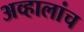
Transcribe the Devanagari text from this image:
अव्हालांच